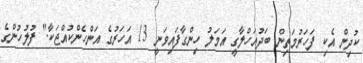
ކުދިން އެކި ފަހަރުމަތިން ބަދުއަހްލާގީ އަމަލު ހިންގާފައިވަނީ 13 އަހަރުގެ އަންހެންކުއްޖަކާ." ފުލުހުންގެ